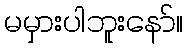
မမှားပါဘူးနော်။